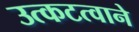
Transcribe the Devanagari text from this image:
उत्कटत्वाने